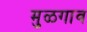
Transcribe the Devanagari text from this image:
मुळगाव